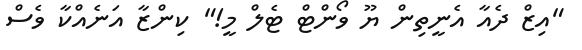
"އިޒް ދެއާ އެނީތިން ޔޫ ވޯންޓް ޓެލް މީ!" ކިންޒާ އަނެއްކާ ވެސް